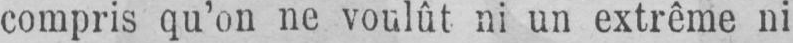
compris qu’on ne voulût ni un extrême ni